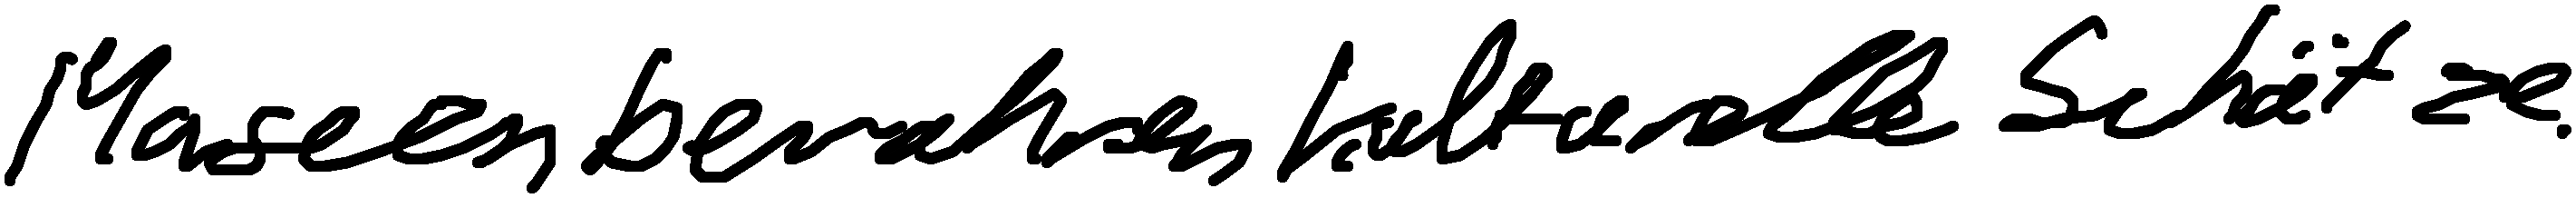
Museen bewahren kulturelle Schätze.